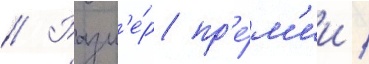
// Разм'е́р пр'е́м'ии /